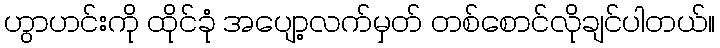
ဟွာဟင်းကို ထိုင်ခုံ အပျော့လက်မှတ် တစ်စောင်လိုချင်ပါတယ်။